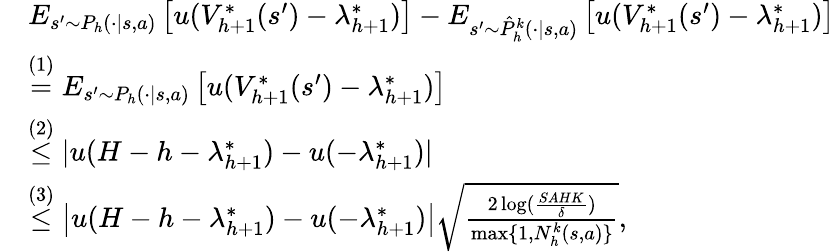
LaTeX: \begin{array}{rl}&{E_{s^{\prime}\sim P_{h}(\cdot\vert s,a)}\left[u(V_{h+1}^{*}(s^{\prime})-\lambda_{h+1}^{*})\right]-E_{s^{\prime}\sim\hat{P}_{h}^{k}(\cdot\vert s,a)}\left[u(V_{h+1}^{*}(s^{\prime})-\lambda_{h+1}^{*})\right]}\\ &{\overset{(1)}{=}E_{s^{\prime}\sim P_{h}(\cdot\vert s,a)}\left[u(V_{h+1}^{*}(s^{\prime})-\lambda_{h+1}^{*})\right]}\\ &{\overset{(2)}{\leq}\vert u(H-h-\lambda_{h+1}^{*})-u(-\lambda_{h+1}^{*})\vert}\\ &{\overset{(3)}{\leq}\left\vert u(H-h-\lambda_{h+1}^{*})-u(-\lambda_{h+1}^{*})\right\vert\sqrt{\frac{2\log(\frac{SAHK}{\delta})}{\operatorname*{max}\{ 1,N_{h}^{k}(s,a)\} }},}\end{array}